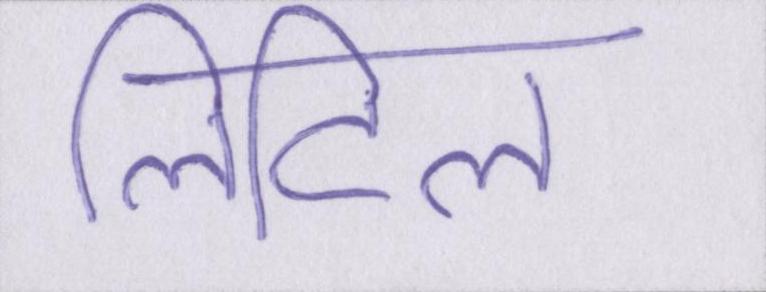
लिटिल